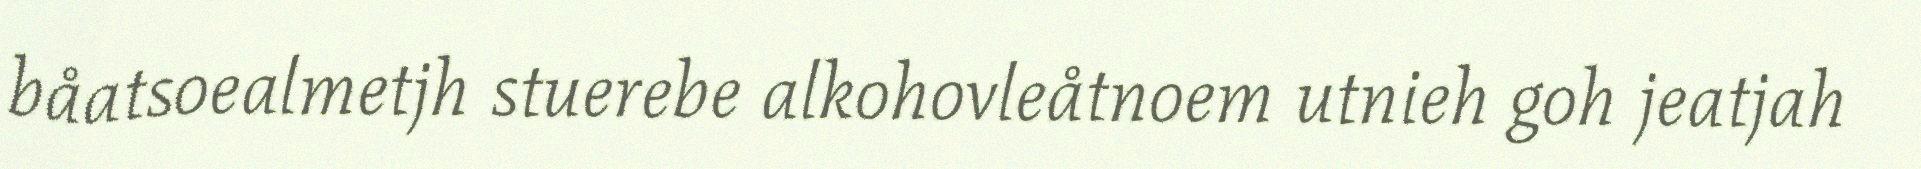
båatsoealmetjh stuerebe alkohovleåtnoem utnieh goh jeatjah